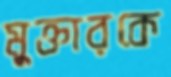
মুক্তারকে